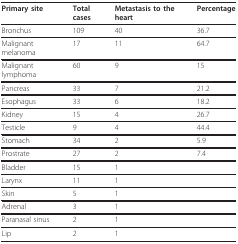
<table><thead><tr><td><b>Primary site</b></td><td><b>Total cases</b></td><td><b>Metastasis to the heart</b></td><td><b>Percentage</b></td></tr></thead><tbody><tr><td>Bronchus</td><td>109</td><td>40</td><td>36.7</td></tr><tr><td>Malignant melanoma</td><td>17</td><td>11</td><td>64.7</td></tr><tr><td>Malignant lymphoma</td><td>60</td><td>9</td><td>15</td></tr><tr><td>Pancreas</td><td>33</td><td>7</td><td>21.2</td></tr><tr><td>Esophagus</td><td>33</td><td>6</td><td>18.2</td></tr><tr><td>Kidney</td><td>15</td><td>4</td><td>26.7</td></tr><tr><td>Testicle</td><td>9</td><td>4</td><td>44.4</td></tr><tr><td>Stomach</td><td>34</td><td>2</td><td>5.9</td></tr><tr><td>Prostrate</td><td>27</td><td>2</td><td>7.4</td></tr><tr><td>Bladder</td><td>15</td><td>1</td><td></td></tr><tr><td>Larynx</td><td>11</td><td>1</td><td></td></tr><tr><td>Skin</td><td>5</td><td>1</td><td></td></tr><tr><td>Adrenal</td><td>3</td><td>1</td><td></td></tr><tr><td>Paranasal sinus</td><td>2</td><td>1</td><td></td></tr><tr><td>Lip</td><td>2</td><td>1</td><td></td></tr></tbody></table>